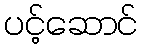
ပင့်ဆောင်